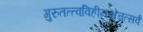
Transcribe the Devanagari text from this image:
गुरुतत्त्वविहीनश्चेत्तत्सर्वं